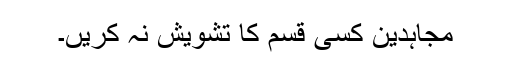
مجاہدین کسی قسم کا تشویش نہ کریں۔